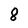
Character: 8